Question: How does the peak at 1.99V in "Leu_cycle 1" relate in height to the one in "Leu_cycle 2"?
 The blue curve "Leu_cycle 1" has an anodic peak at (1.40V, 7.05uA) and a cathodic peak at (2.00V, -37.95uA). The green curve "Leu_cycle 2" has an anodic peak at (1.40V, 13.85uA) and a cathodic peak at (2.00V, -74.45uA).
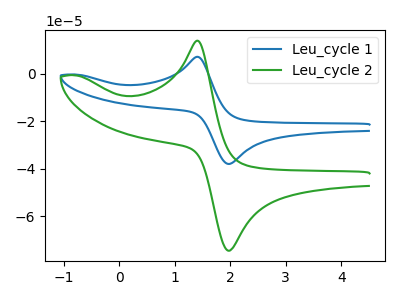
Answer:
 <answer>The peak at 1.99V is lower in "Leu_cycle 1" than in "Leu_cycle 2".</answer>
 <eval>lower</eval>